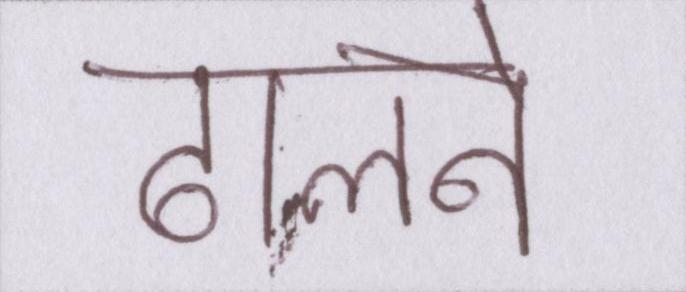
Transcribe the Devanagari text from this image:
ढालने